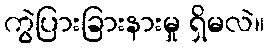
ကွဲပြားခြားနားမှု ရှိမလဲ။